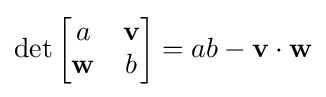
\det {\begin{bmatrix}a&\mathbf {v} \\\mathbf {w} &b\end{bmatrix}}=ab-\mathbf {v} \cdot \mathbf {w}